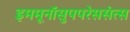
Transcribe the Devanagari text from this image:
इममूनॉसुपपरेससंत्स